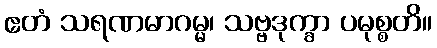
ဧတံ သရဏမာဂမ္မ၊ သဗ္ဗဒုက္ခာ ပမုစ္စတိ။